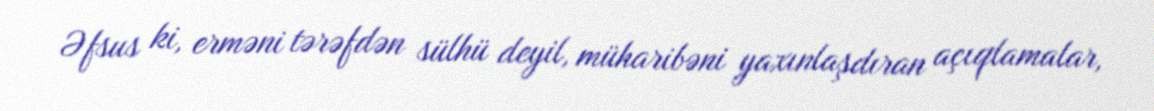
Əfsus ki, erməni tərəfdən sülhü deyil, müharibəni yaxınlaşdıran açıqlamalar,